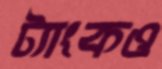
ট্যাংকও